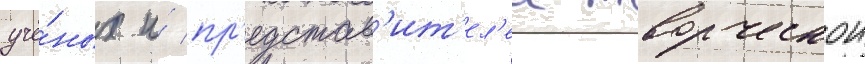
учё́ных и́ пр'едстав'ит'ел'еи творческои